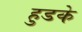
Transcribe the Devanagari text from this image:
हुडके